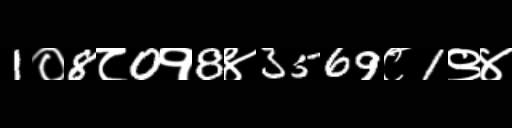
Text: 1०8८0१8४3569८1९४